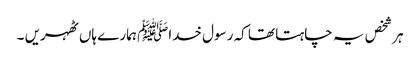
ہر شخص یہ چاہتا تھا کہ رسول خداﷺ ہمارے ہاں ٹھہریں ۔